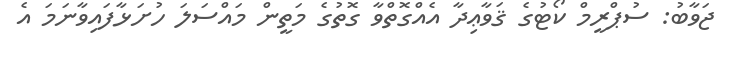
ޖަވާބު: ސުޕްރީމް ކޯޓުގެ ޤަވާޢިދާ އެއްގޮތްވާ ގޮތުގެ މަތީން މައްސަލަ ހުށަޅާފައިވާނަމަ އެ